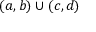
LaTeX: ( a , b ) \cup ( c , d )